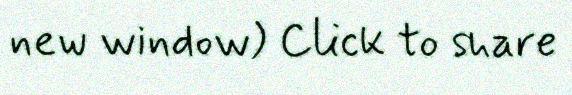
new window) Click to share